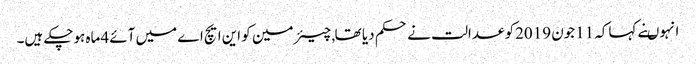
انہوںنے کہاکہ 11جون 2019کو عدالت نے حکم دیا تھا , چیئرمین کو این ایچ اے میں آئے 4ماہ ہوچکے ہیں۔